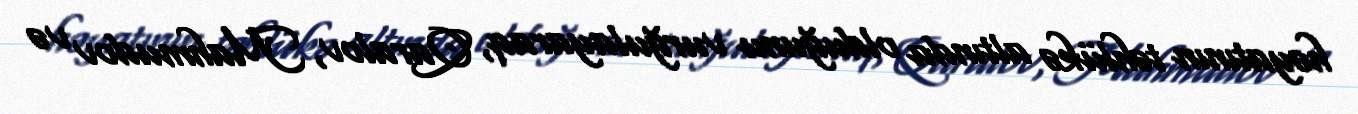
həyatının təhlükə altında olduğunu vurğulayaraq, Qaralov, Mahmudov və